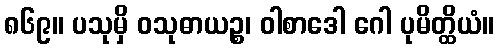
၈၆၉။ ပသုမှိ ဝသုဓာယဉ္စ၊ ဝါစာဒေါ ဂေါ ပုမိတ္ထိယံ။